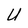
Character: U